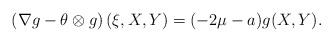
\begin{align*}\left(\nabla g -\theta \otimes g\right)(\xi,X,Y)=(-2\mu - a) g(X,Y).\end{align*}